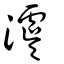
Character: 澞